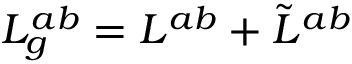
L _ { g } ^ { a b } = L ^ { a b } + \tilde { L } ^ { a b }